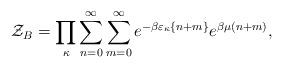
LaTeX: \begin{align*}{\cal Z}_B=\prod_\kappa\sum_{n=0}^{\infty}\sum_{m=0}^{\infty}e^{-\beta\varepsilon_\kappa\{n+m\}}e^{\beta\mu(n+m)},\end{align*}